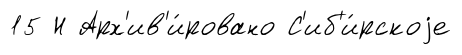
15 Н Арх'ив'и́ровано С'иб'и́рскоjе